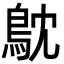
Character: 𮬮